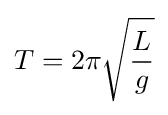
T=2\pi {\sqrt {\frac {L}{g}}}